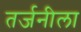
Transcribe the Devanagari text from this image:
तर्जनीला